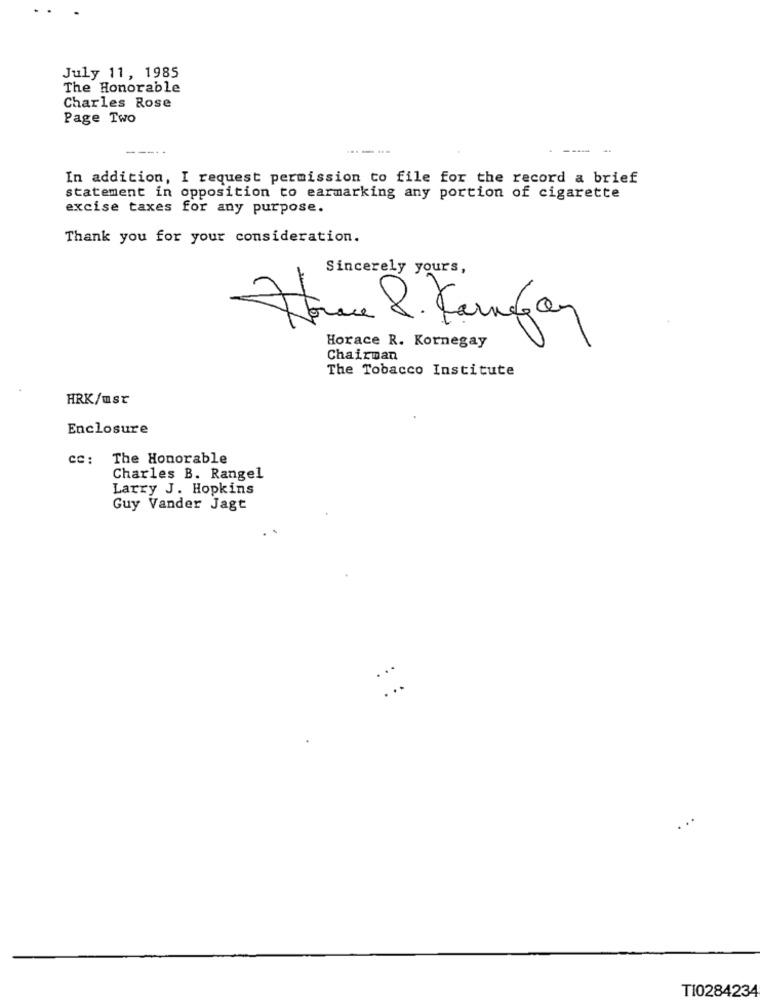
July 11, 1985
The Honorable
Charles Rose
Page Two
-----
--
In addition, I request permission to file for the record a brief
statement in opposition to earmarking any portion of cigarette
excise taxes for any purpose.
Thank you for your consideration.
Sincerely yours,
Horne 8. Farfar
Horace R. Kornegay
Chairman
The Tobacco Institute
HRK/ust
Enclosure
cc: The Honorable
Charles B. Rangel
Larry J. Hopkins
Guy Vander Jagt
:::
TI0284234